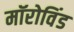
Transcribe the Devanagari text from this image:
मॉरोविंड